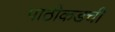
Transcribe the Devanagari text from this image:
पाठीकडची